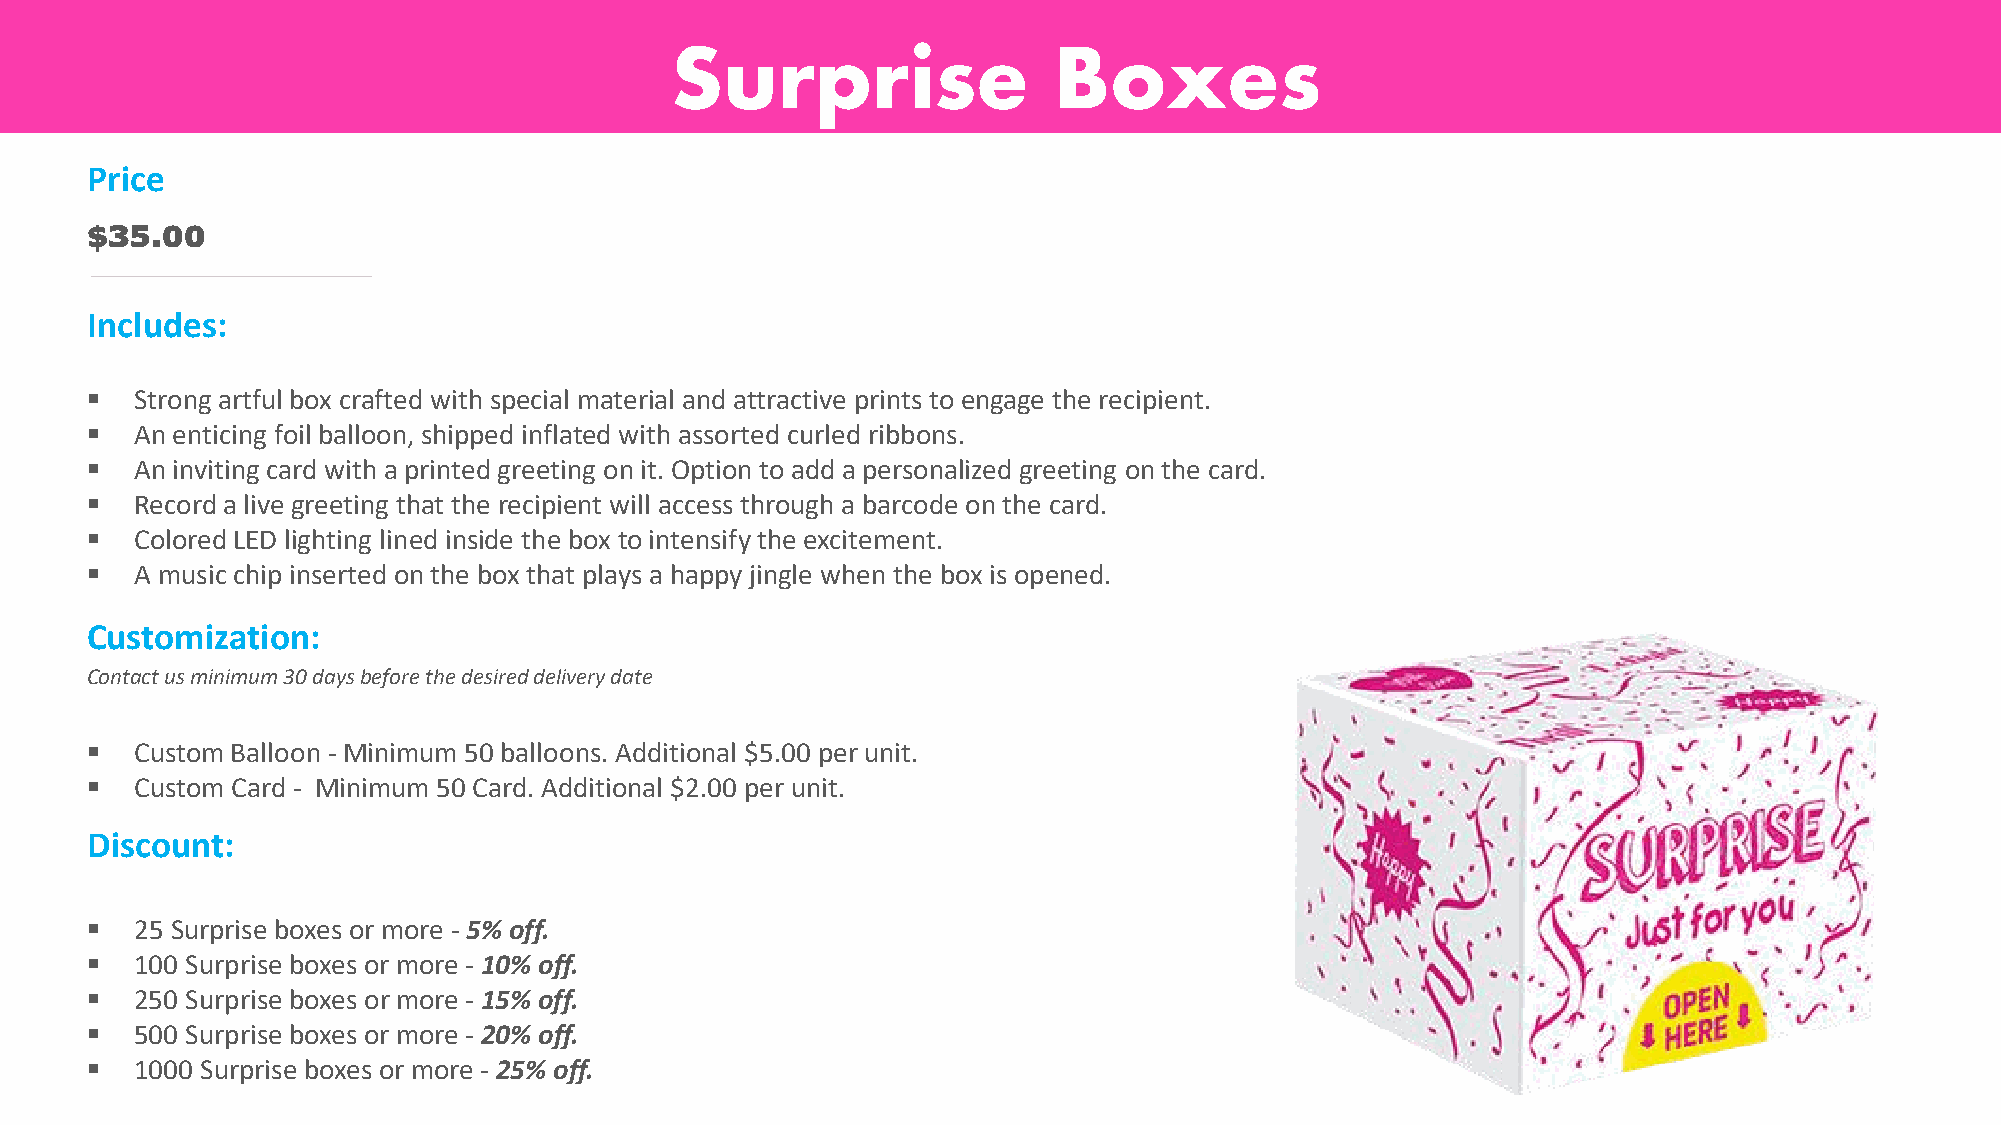
Surprise                  Boxes
 Price
 $35.00
 Includes:
 ▪  Strong artful box crafted with special material and attractive prints to engage the recipient.
 ▪  An enticing foil balloon, shipped inflated with assorted curled ribbons.
 ▪  An inviting card with a printed greeting on it. Option to add a personalized greeting on the card.
 ▪  Record a live greeting that the recipient will access through a barcode on the card.
 ▪  Colored LED lighting lined inside the box to intensify the excitement.
 ▪  A music chip inserted on the box that plays a happy jingle when the box is opened.
 Customization:
 Contact us minimum 30 days before the desired delivery date
 ▪  Custom Balloon - Minimum 50 balloons. Additional $5.00 per unit.
 ▪  Custom Card - Minimum 50 Card. Additional $2.00 per unit.
 Discount:
 ▪  25 Surprise boxes or more - 5% off.
 ▪  100 Surprise boxes or more - 10% off.
 ▪  250 Surprise boxes or more - 15% off.
 ▪  500 Surprise boxes or more - 20% off.
 ▪  1000 Surprise boxes or more - 25% off.